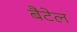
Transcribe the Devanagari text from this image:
बैटेल